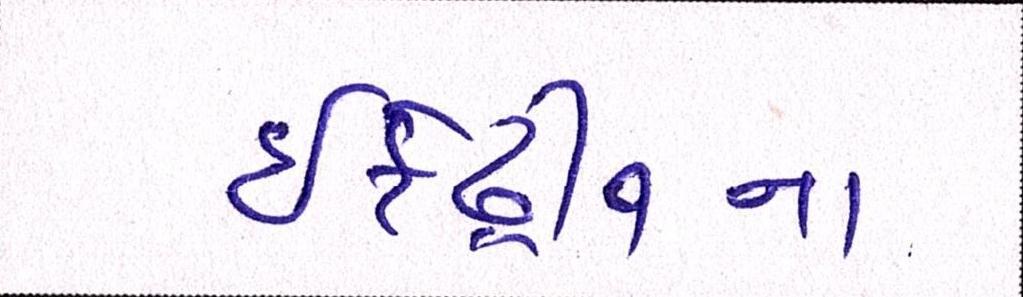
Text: ઇફેડ્રીનના